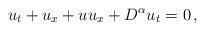
LaTeX: \begin{align*} u_t+u_x+uu_x+D^\alpha u_t=0 \, ,\end{align*}